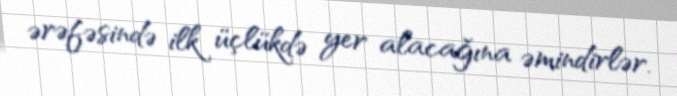
ərəfəsində ilk üçlükdə yer alacağına əmindirlər.